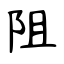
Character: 阻